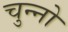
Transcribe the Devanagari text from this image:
चुन्नो